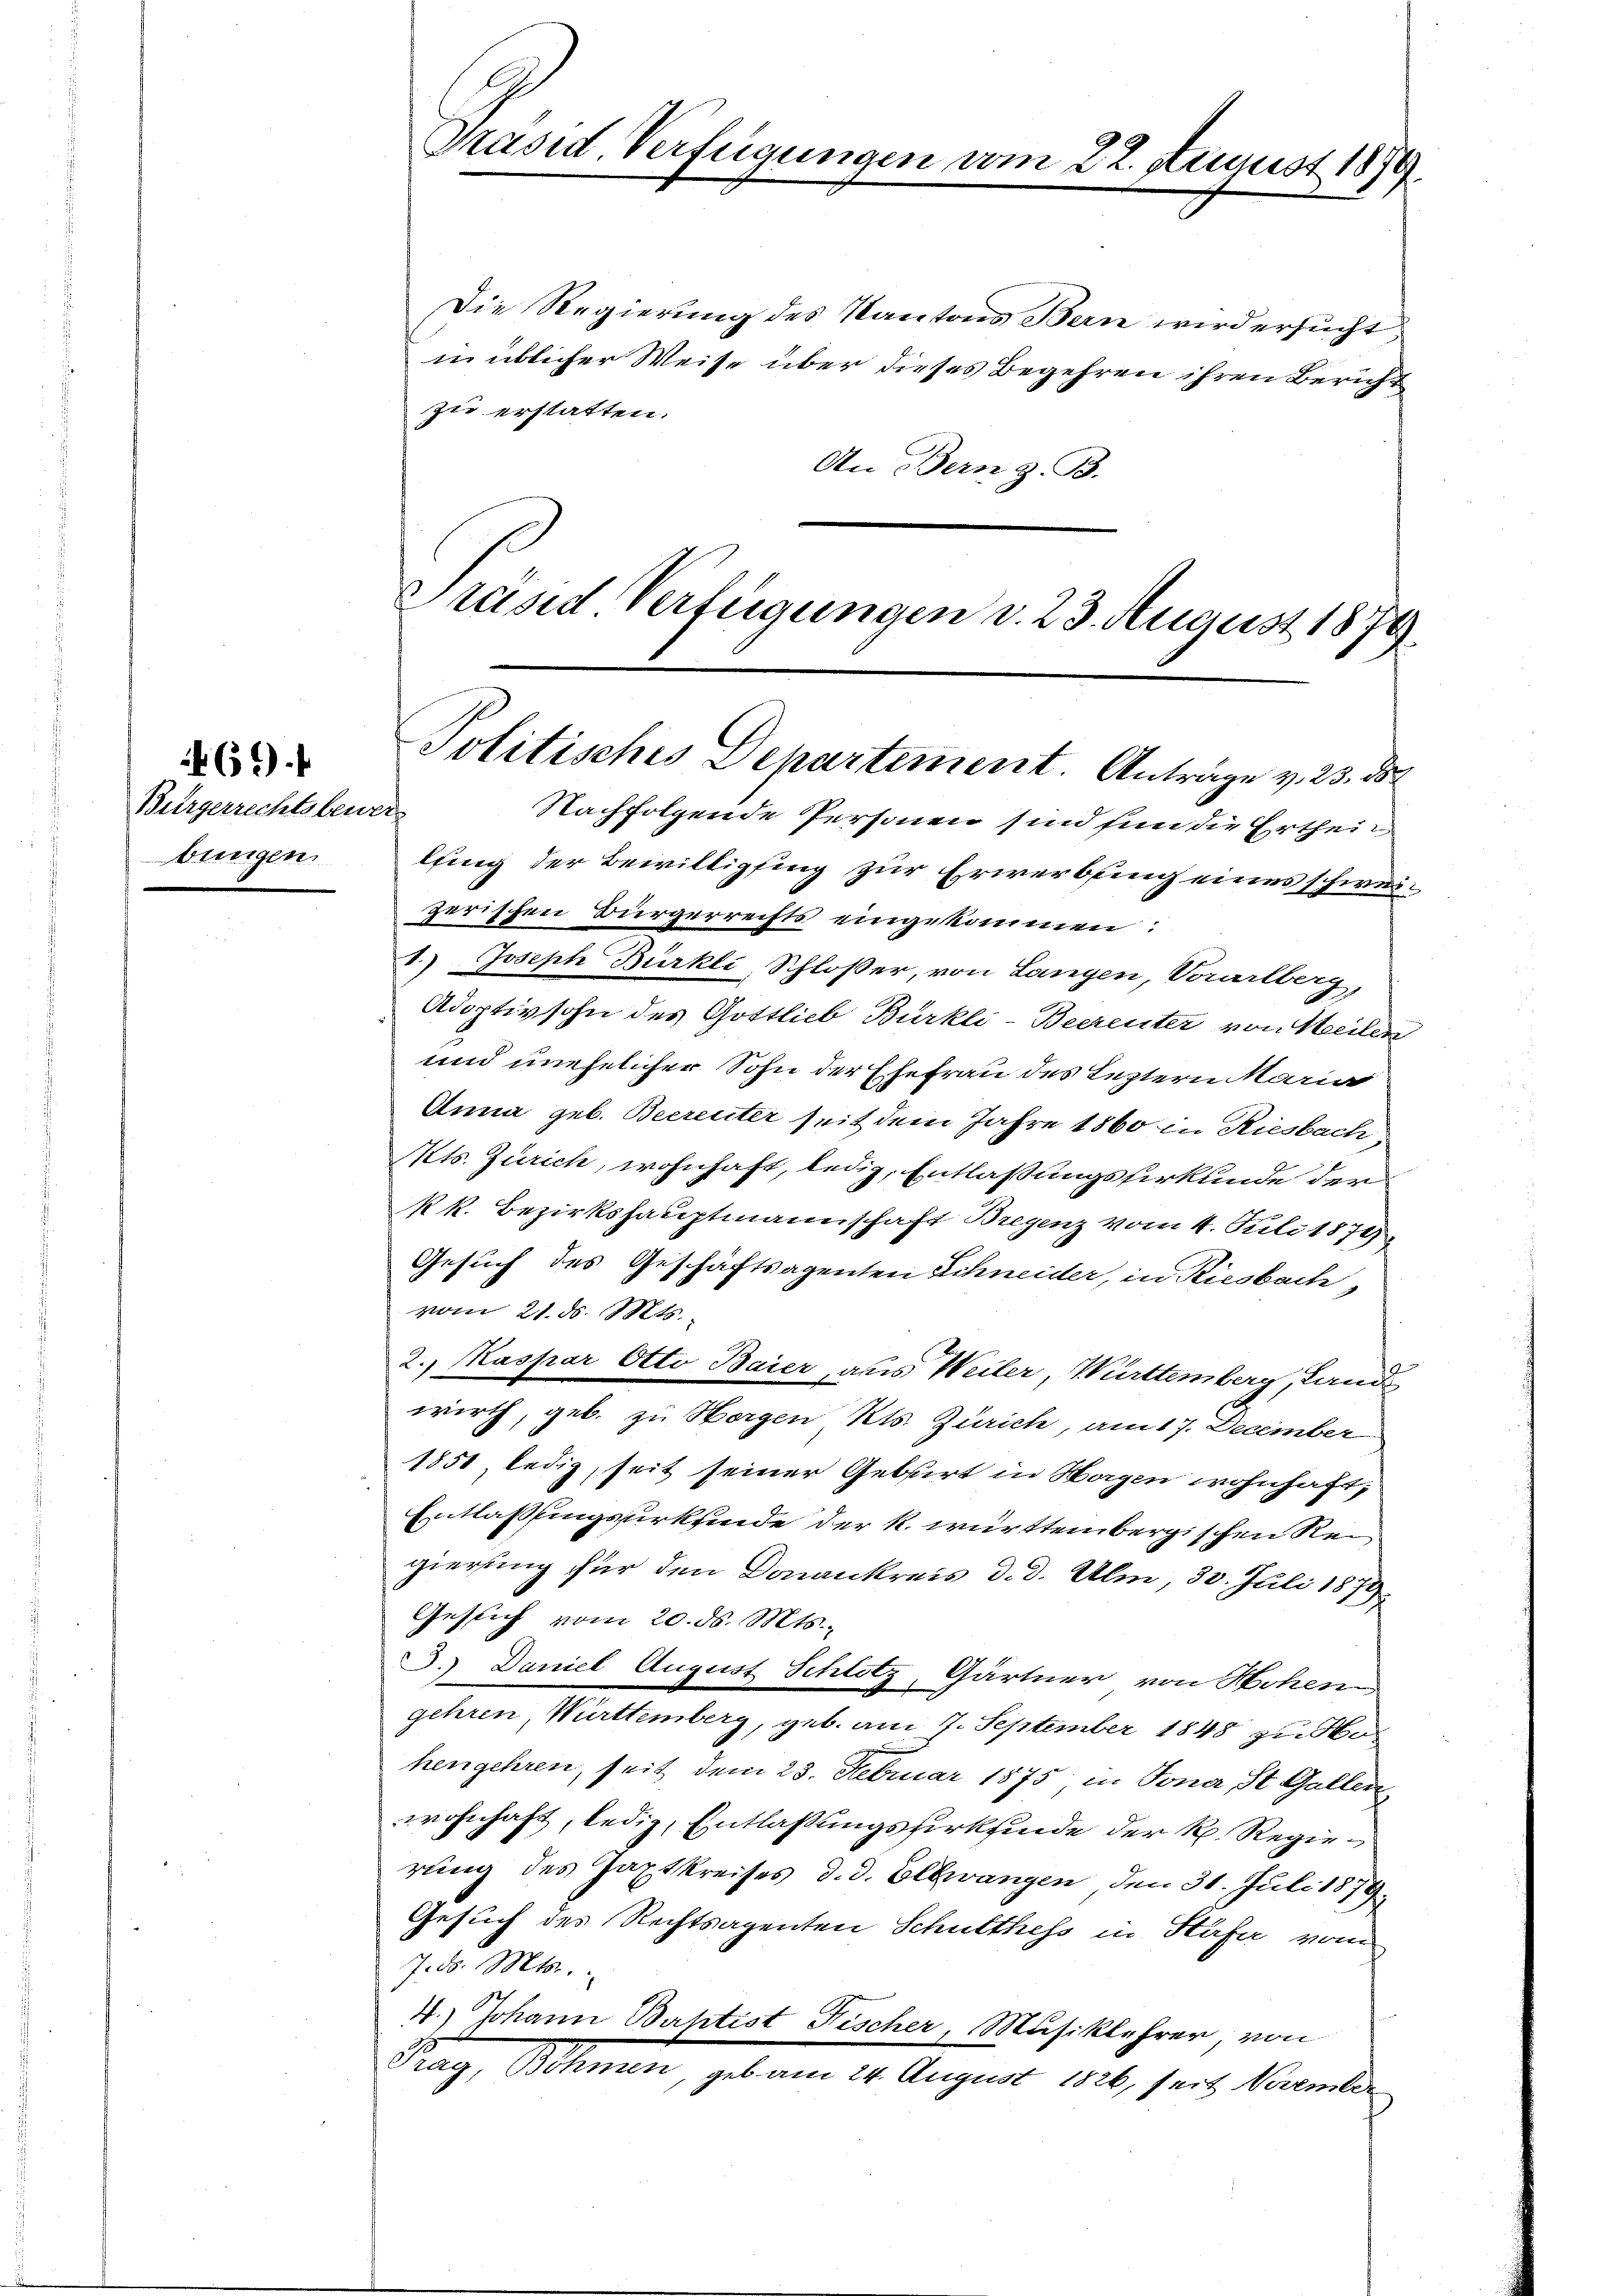
Bürgerrechtsbewer
bungen

69

Präsid. Verfügungen vom 22. August 1874.

Die Regierung des Kantons Bern wird ersucht
in üblicher Weise über dieses Begehren ihren Bericht
zu erstatten.
An Bern z. B.
Präsid. Verfügungen d. 23. August 1879.

Politisches Departement. Anträge v. 23. 85

Nachfolgende Personen sind fün die Ertheilfing der Bewilligung zur Erwerbung eines schweizerischen Bürgerrechts eingekommen:
1.) Joseph Bürkli Schloßer, von Langen, Vorarlberg,
Adoptivsohn des Gottlieb Bürkli-Beerenter von Weilen
und unehelicher Sohn der Ehefrau des Leztern Marie
Anna geb. Beerenter seit dem Jahre 1860 in Riesbach
Kts. Zürich, wohnhaft, ledig, Entlaßungsfirkunde der
Rk. Bezirkshauptmannschaft Bregenz vom 4. Juli 1879
Gesuch des Geschäftsagenten Schneider, in Riesbach
vom 21. ds. Mts.
2., Kaspar Otto Baier, aus Weiter, Württemberg, Land
wirth, geb. zu Horgen Kts. Zürich, am 17. December
1851 ledig, seit seiner Geburt in Hagen wohnhaft,
Entlassungsurkunde der k. württembergischen Reigierung für den Donankreis d. d. Ulm, 30. Juli 1879
Geslich vom 20. ds. Mts.,
J. Daniel August Schlitz, Gärtner von Hohen
gehren, Württemberg, geb. am 7. September 1848 zu Hohengehren, seit dem 23. Februar 1875 in Jona St. Gallen
wohnhaft, ledig, Entlassungsfirkfinde der R. Regierung des Japtkreises d. d. Ellerangen, den 31. Juli 1879
Gesuch des Rechtsagenten Schulthess in Hafer vom
7. d. Mts.
4.) Johann Bahtist Fischer, Musiklehrer, von
Trag, Böhmen, geb. am 24. August 1826, seit November